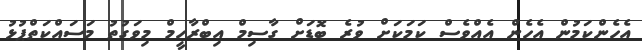
އެހެންކަމުން އެހެން އެއްވެސް ކަމަކަށް ވުރެ ބޮޑަށް ގާސިމް އިބްރާހީމް މިވަގުތު މަސައްކަތްޕުޅު